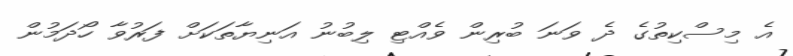
އެ މިސްކިތުގެ ދެ ވަނަ ބުރިން ވެއްޓި ލިބުނު އަނިޔާތަކަށް ފަރުވާ ހޯދަމުން